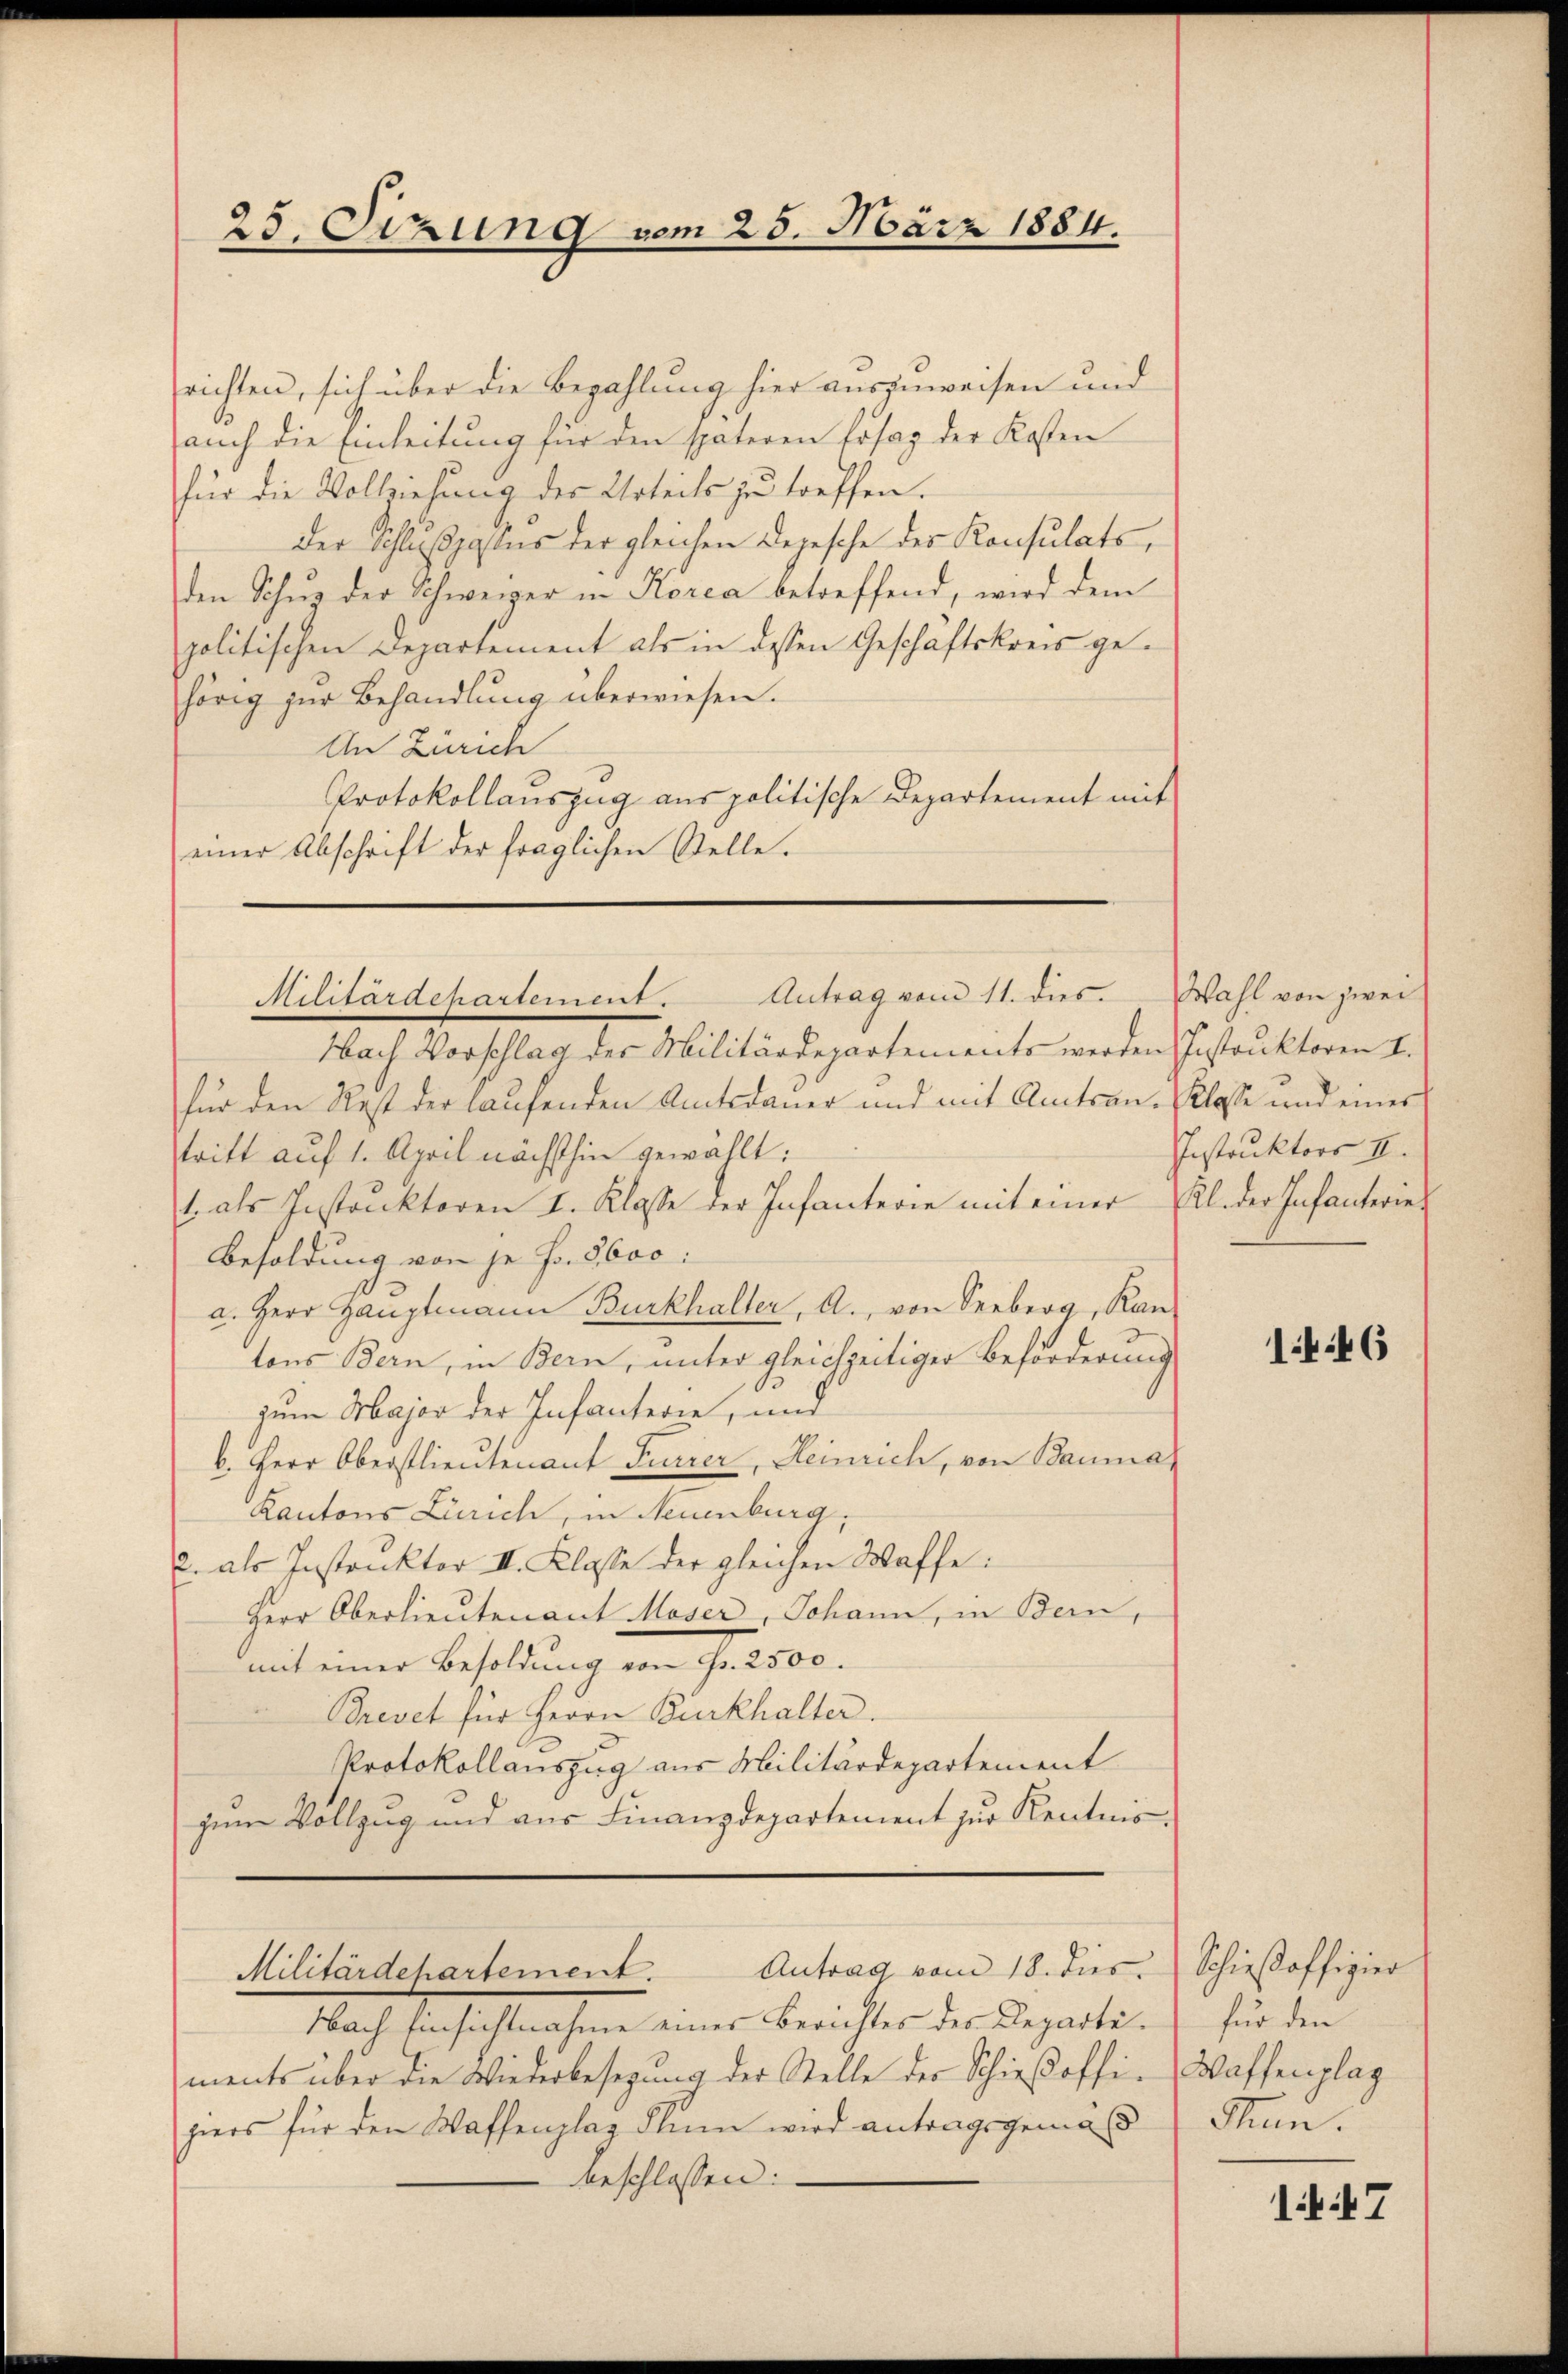
25. Sizung vom 25. März 1884.

richten, sich über die Bezahlung hier auszuweisen und
auch die Einleitung für den späteren Erstag der Kosten
für die Vollziehung des Urteils zu treffen.
der Schlußpassus der gleichen Depesche der Konsulats,
den Schur der Schweizer in Korca betreffend, wird dem
politischen Departement als in dessen Geschäftskreis gehörig zur Behandlung überwiesen.
An Zürich
Protokollauszug aus politische Departement mit
einer Abschrift der fraglichen Stelle.

Nach Verflach der Militärdepartementen werden Postulterm 1.
für den Rest der laufenden Amtsdauer und mit Amtsantritt auf 1. April nächsthin gewählt:
1. als Instrŭktoren I. Klasse der Infanterie mit einer Kl. der Infanterie
Besoldung von je Fr. 5600.
a. Herr Hauptmann Burkhalter, A., von Seeberg, Kan-
tons Bern, in Bern, unter gleichzeitiger Beförderung
zum Major der Infanterie, und
b. Herr Oberstlieutenant Ferier, Heinrich, von Bauma
Kantons Zürich, in Neuenburg,
2. als Instankter II. Klasse der gleichen Waffe:
Herr Oberlieutenant Moser, Johann, in Bern,
mit einer Besoldung von Fr. 2500.
Brevet für Herrn Burkhalter.
Protokollauszug aus Militärdepartement
zum Vollzug und aus Finanzdepartement zur Kentnis-

Antrag vom 11. dies. Wahl von zwei
Militärdehartement.

Antrag vom 18. dies. Schieβoffizier
Militärdepartement.

Nach Einsichtsmachene einer Berichter der Departiments über die Wiederbesezung der Stelle der Schieβoffi-
hiers für den Waffenplaz Klin wird antragsgemäß
beschlossen:

Klasse und einer
Instruktors II.

1446

für den
Waffenplag
Thun.

17